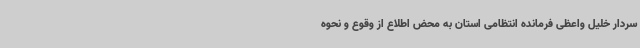
سردار خلیل واعظی فرمانده انتظامی استان به محض اطلاع از وقوع و نحوه